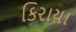
કિરાયા